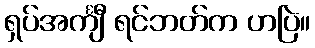
ရှပ်အင်္ကျီ ရင်ဘတ်က ဟပြဲ။